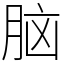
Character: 脑